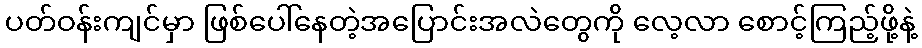
ပတ်ဝန်းကျင်မှာ ဖြစ်ပေါ်နေတဲ့အပြောင်းအလဲတွေကို လေ့လာ စောင့်ကြည့်ဖို့နဲ့